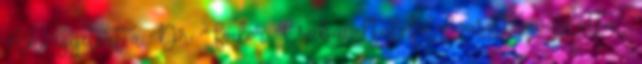
Aki egyetért a Dr. Fodor Csaba által felolvasott javaslattal,